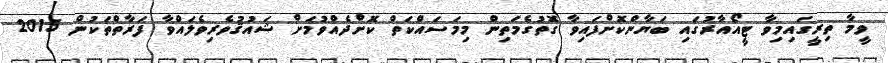
ވީމާ ތިރީގައިމިވާ ޓީއޯއާރުގައި ބަޔާންކޮށްފައިވާ ގޮތުގެމަތިން މިމަސައްކަތް ކޮށްދެއްވުމަށް ޝައުޤުވެރިވެލައްވާ ފަރާތްތަކުން 2015